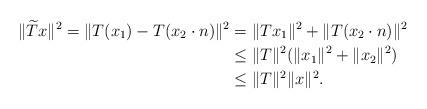
LaTeX: \begin{align*}\|\widetilde{T}x\|^{2} = \|{T}(x_{1}) - {T}(x_{2}\cdot n)\|^{2} &= \|Tx_{1}\|^{2} + \|T(x_{2}\cdot n)\|^{2}\\&\leq \|T\|^{2} (\|x_{1}\|^{2}+\|x_{2}\|^{2})\\&\leq \|T\|^{2} \|x\|^{2}.\end{align*}